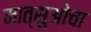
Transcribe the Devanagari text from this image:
मात्सुओचा